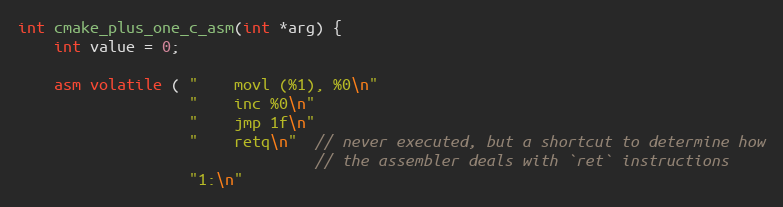
Language: C
int cmake_plus_one_c_asm(int *arg) {
    int value = 0;

    asm volatile ( "    movl (%1), %0\n"
                   "    inc %0\n"
                   "    jmp 1f\n"
                   "    retq\n"  // never executed, but a shortcut to determine how
                                 // the assembler deals with `ret` instructions
                   "1:\n"